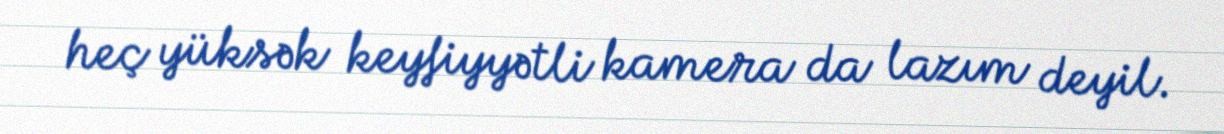
heç yüksək keyfiyyətli kamera da lazım deyil.